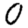
Digit: 0